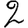
Digit: 2